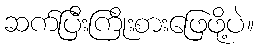
ဆက်ပြီးကြိုးစားဖြေဖို့ပဲ။